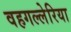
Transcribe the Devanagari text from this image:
वहगल्लेरिया